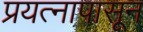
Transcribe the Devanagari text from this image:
प्रयत्‍नापासून